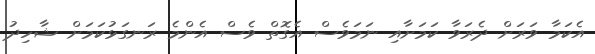
އެކަމާ ވަރަށް ދެރަވާ ކަމަށާއި ނަމަވެސް އެގޮތް ވެސް އެންމެ ރަނގަޅުކަމަށް ޝާހިދު